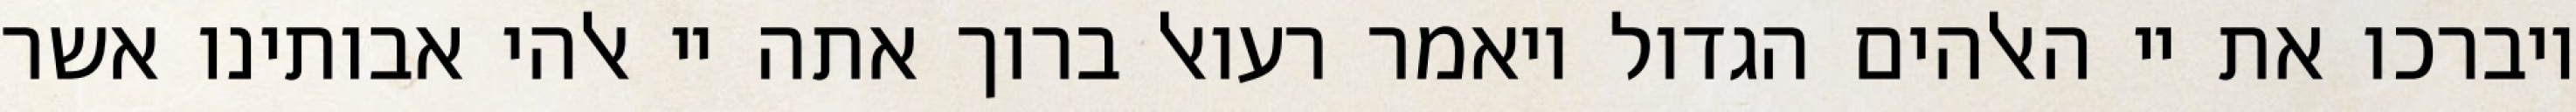
ויברכו את יי האלהים הגדול ויאמר רעואל ברוך אתה יי אלהי אבותינו אשר